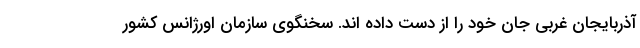
آذربایجان غربی جان خود را از دست داده اند. سخنگوی سازمان اورژانس کشور